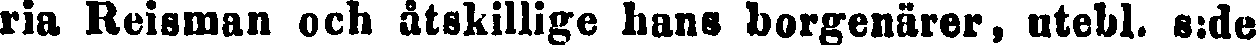
ria Reisman och åtskillige hans borgenärer, utebl. s:de